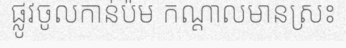
ផ្លូវចូលកាន់ប៉ម កណ្តាលមានស្រះ